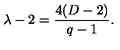
\lambda - 2 = \frac { 4 ( D - 2 ) } { q - 1 } .